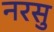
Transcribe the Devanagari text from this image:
नरसु